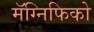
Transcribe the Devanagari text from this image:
मॅग्निफिको